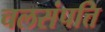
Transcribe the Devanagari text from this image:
चलसंपत्ति